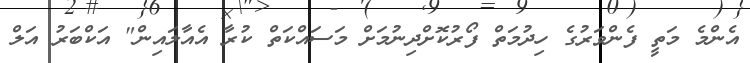
އެންމެ މަތީ ފެންވަރުގެ ހިދުމަތް ފޯރުކޮށްދިނުމަށް މަސައްކަތް ކުރާ އެއާލައިން" އަކްބަރު އަލް